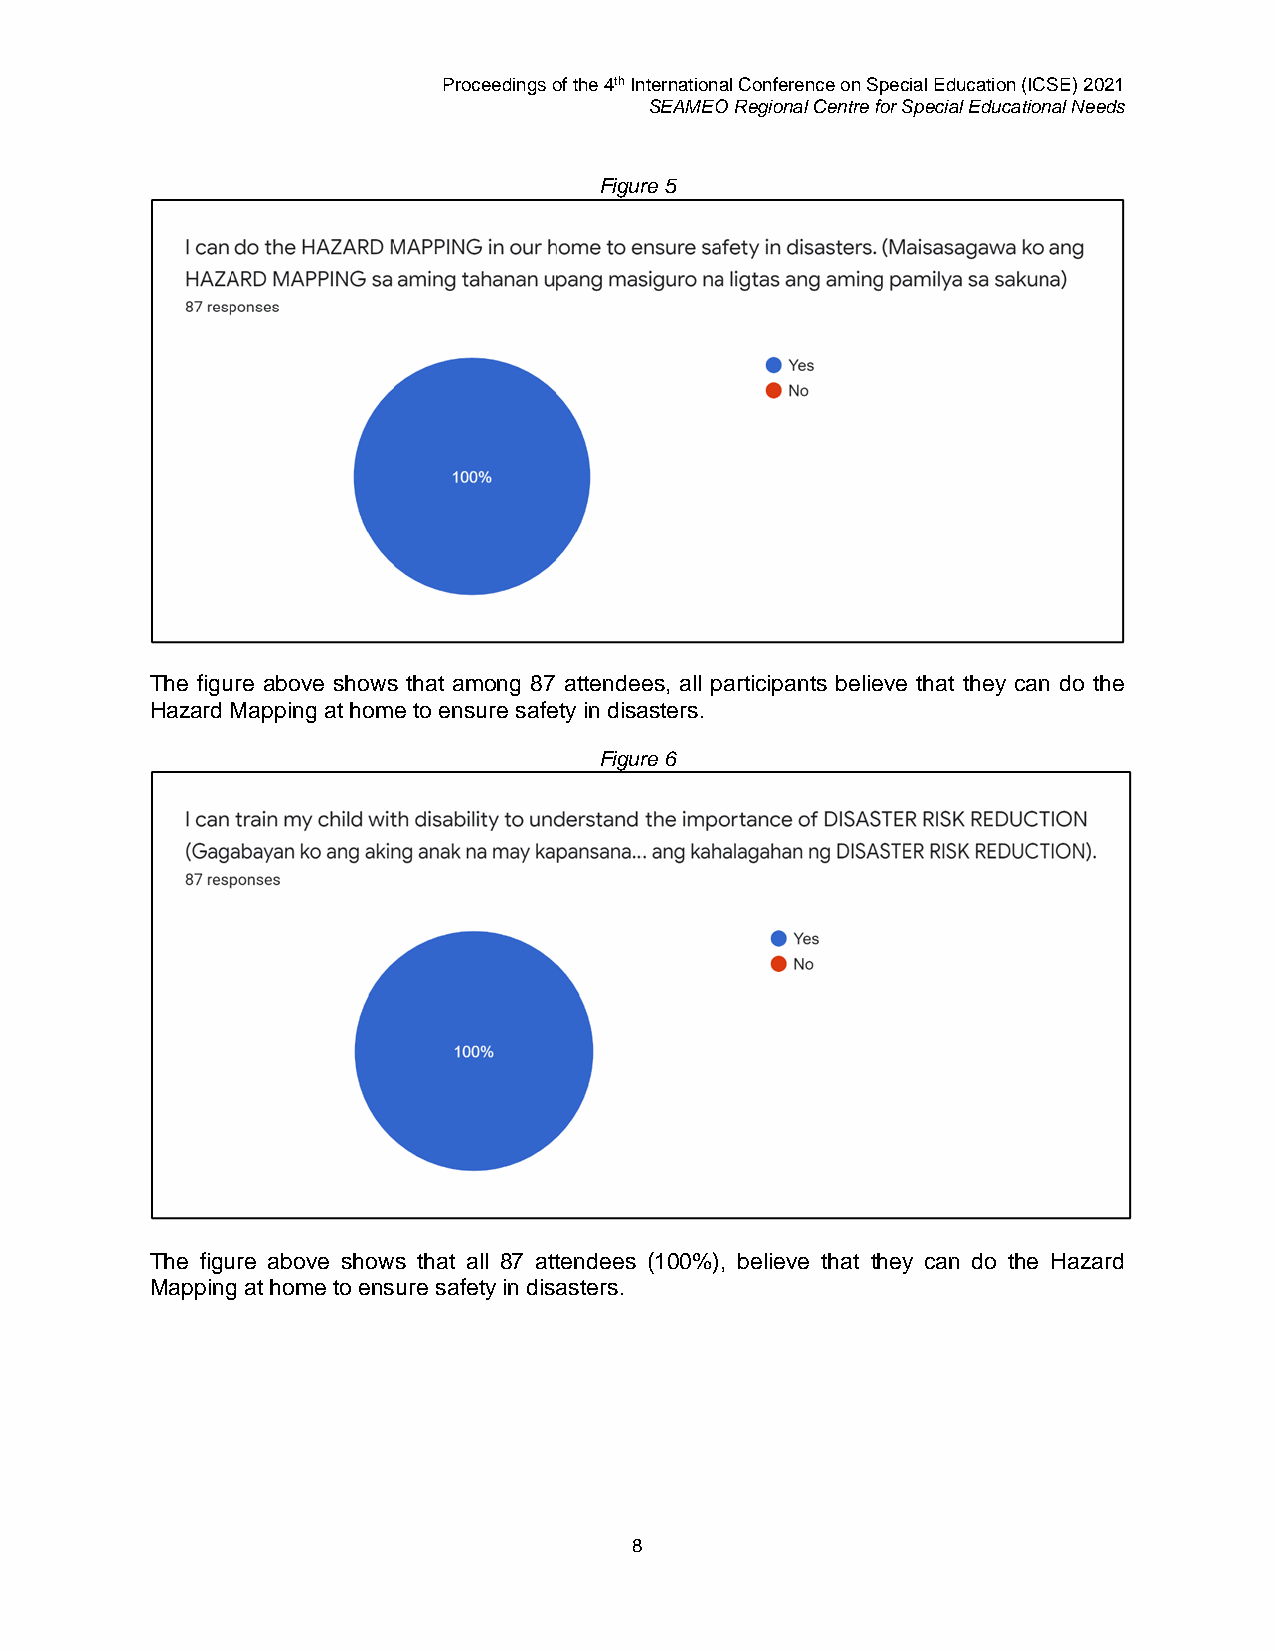
Proceedings of the 4th International Conference on Special Education (ICSE) 2021
 SEAMEO Regional Centre for Special Educational Needs
 Figure 5
 The figure above shows that among 87 attendees, all participants believe that they can do the
 Hazard Mapping at home to ensure safety in disasters.
 Figure 6
 The figure above shows that all 87 attendees (100%), believe that they can do the Hazard
 Mapping at home to ensure safety in disasters.
 8